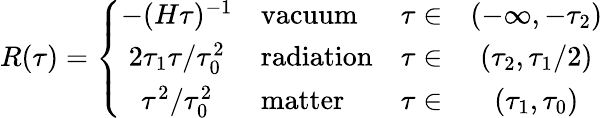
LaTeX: R(\tau)=\left\{ \begin{array}{clrc}{{-(H\tau)^{-1}}}&{{\mathrm{vacuum}}}&{{\tau\in}}&{{(-\infty,-\tau_{2})}}\\ {{2\tau_{1}\tau/\tau_{0}^{2}}}&{{\mathrm{radiation}}}&{{\tau\in}}&{{(\tau_{2},\tau_{1}/2)}}\\ {{\tau^{2}/\tau_{0}^{2}}}&{{\mathrm{matter}}}&{{\tau\in}}&{{(\tau_{1},\tau_{0})}}\end{array}\right.